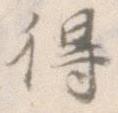
得